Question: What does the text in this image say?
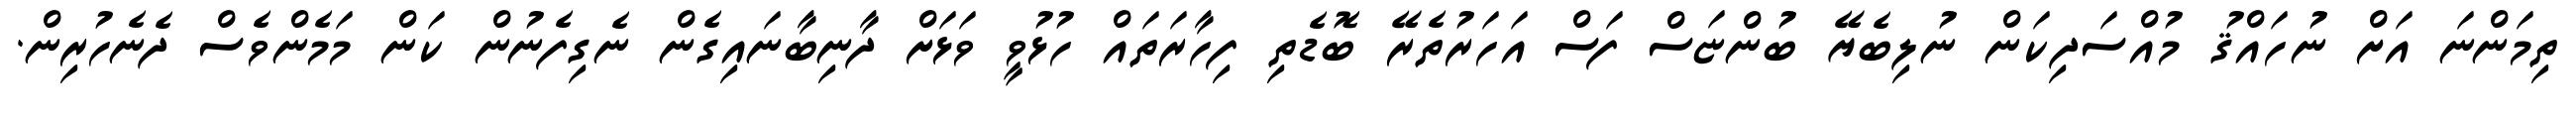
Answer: ތިމަންނަ އަށް ނުހައްޤު މުއްސަދިކަން ނުލިބެޔޭ ބުންޏަސް ފަސް އަހަރުތެރޭ ބޮޑެތި ފިހާރަތައް ހުޅުވީ ވަޅަށް ދާނިބާނައިގެން ނެގިފެނުން ކަން މަމެންވެސް ދެނެހުރިން.